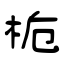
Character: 栀